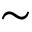
\sim